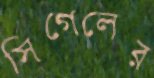
সিগেলের